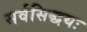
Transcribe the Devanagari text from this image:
सर्वसिद्धयः